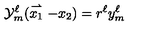
{ \cal Y } _ { m } ^ { \ell } ( \stackrel { \rightharpoonup } { x _ { 1 } } - x _ { 2 } ) = r ^ { \ell } y _ { m } ^ { \ell }